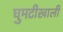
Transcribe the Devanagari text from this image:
घुमटीखाली